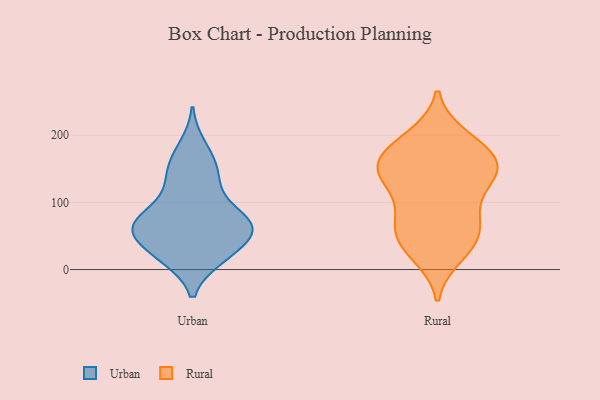
{"axis": {"x": "Budget (USD K)", "y": "Value"}, "legend": ["Rural", "Urban"], "data": [{"x": "", "y": 68, "type": "Urban"}, {"x": "", "y": 183, "type": "Urban"}, {"x": "", "y": 62, "type": "Urban"}, {"x": "", "y": 150, "type": "Urban"}, {"x": "", "y": 163, "type": "Urban"}, {"x": "", "y": 49, "type": "Urban"}, {"x": "", "y": 24, "type": "Urban"}, {"x": "", "y": 18, "type": "Urban"}, {"x": "", "y": 71, "type": "Urban"}, {"x": "", "y": 74, "type": "Urban"}, {"x": "", "y": 24, "type": "Urban"}, {"x": "", "y": 58, "type": "Urban"}, {"x": "", "y": 65, "type": "Urban"}, {"x": "", "y": 137, "type": "Urban"}, {"x": "", "y": 125, "type": "Urban"}, {"x": "", "y": 69, "type": "Urban"}, {"x": "", "y": 63, "type": "Urban"}, {"x": "", "y": 18, "type": "Urban"}, {"x": "", "y": 103, "type": "Urban"}, {"x": "", "y": 53, "type": "Rural"}, {"x": "", "y": 198, "type": "Rural"}, {"x": "", "y": 33, "type": "Rural"}, {"x": "", "y": 146, "type": "Rural"}, {"x": "", "y": 139, "type": "Rural"}, {"x": "", "y": 124, "type": "Rural"}, {"x": "", "y": 153, "type": "Rural"}, {"x": "", "y": 146, "type": "Rural"}, {"x": "", "y": 68, "type": "Rural"}, {"x": "", "y": 76, "type": "Rural"}, {"x": "", "y": 31, "type": "Rural"}, {"x": "", "y": 62, "type": "Rural"}, {"x": "", "y": 195, "type": "Rural"}, {"x": "", "y": 153, "type": "Rural"}, {"x": "", "y": 182, "type": "Rural"}, {"x": "", "y": 167, "type": "Rural"}, {"x": "", "y": 21, "type": "Rural"}, {"x": "", "y": 126, "type": "Rural"}, {"x": "", "y": 85, "type": "Rural"}, {"x": "", "y": 169, "type": "Rural"}]}